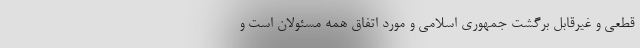
قطعی و غیرقابل برگشت جمهوری اسلامی و مورد اتفاق همه مسئولان است و